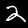
Digit: 2